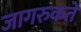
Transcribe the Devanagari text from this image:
जागरुकते